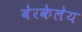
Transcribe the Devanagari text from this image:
बेरकेलेय